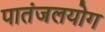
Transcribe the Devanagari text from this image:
पातंजलयोग